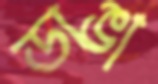
ডাঙা